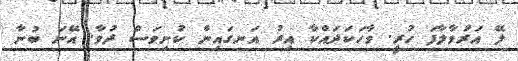
ލޭ އަރުވާލާފަ ހުރީ. ވާހަކަދައްކާ އިރު އަނގައިން ކުނިވަސް ދުވާ. އޭނަ ބުނާ